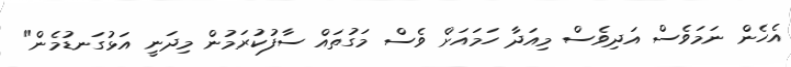
އެހެން ނަމަވެސް އަދިވެސް މިއަދާ ހަމައަށް ވެސް މަގުތައް ސާފުކުރަމުން މިދަނީ އަޅުގަނޑުމެން"